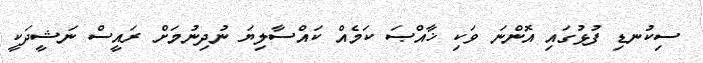
ސިކުނޑި ފުޅުގައި އޮންނަ ވަކި ޚާއްޞަ ކަމެއް ކައްސާލިޔަ ނުދިނުމަށް ރައީސް ނަޝީދަކީ